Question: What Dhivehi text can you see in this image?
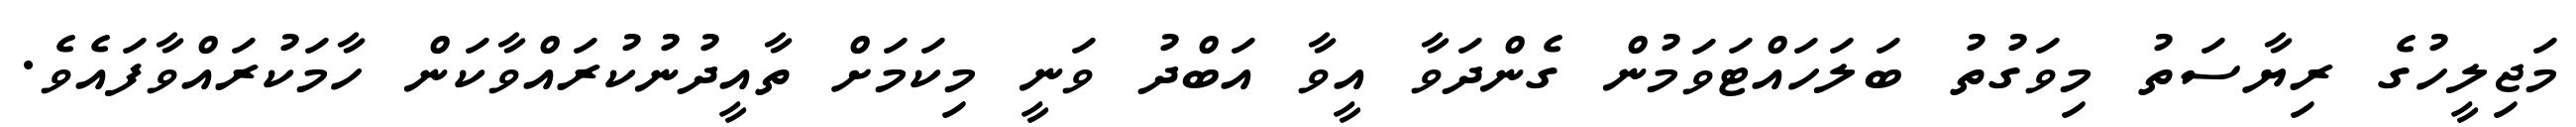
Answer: މަޖިލީހުގެ ރިޔާސަތު މިވަގުތު ބަލަހައްޓަވަމުން ގެންދަވާ އީވާ އަބްދު ވަނީ މިކަމަށް ތާއީދުނުކުރައްވާކަން ހާމަކުރައްވާފައެވެ.